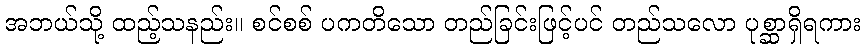
အဘယ်သို့ ထည့်သနည်း။ စင်စစ် ပကတိသော တည်ခြင်းဖြင့်ပင် တည်သလော ပုစ္ဆာရှိရကား